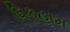
વિકહામ